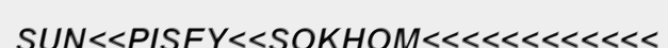
SUN<<PISEY<<SOKHOM<<<<<<<<<<<<